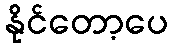
နိုင်တော့ပေ